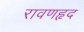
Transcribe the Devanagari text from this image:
रावणहृद